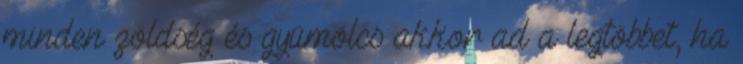
minden zöldség és gyümölcs akkor ad a legtöbbet, ha